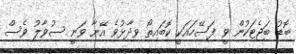
ބޮޑު ބަޖެޓަކުން ވީ ފަސޭހައަކީ ކޮބައިތޯ ވިދާޅުވެ އޭނާ ވަނީ ސުވާލު ވެސް